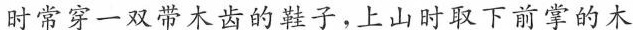
时常穿一双带木齿的鞋子，上山时取下前掌的木